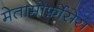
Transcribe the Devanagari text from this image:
मेतामोर्फ़ोसेस